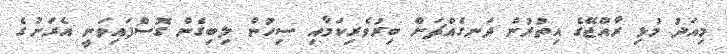
މިއަދު މުޅި ރާއްޖޭގެ އިތުރުން ދަނގެއްޗަށް ބިރުވެރިކަމާއި ސިހުން ލިބިގެން ގޮސްފައިވަނީ އެރަށުގެ